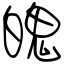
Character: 魄